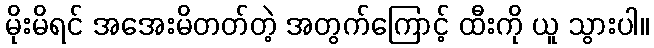
မိုးမိရင် အအေးမိတတ်တဲ့ အတွက်ကြောင့် ထီးကို ယူ သွားပါ။